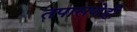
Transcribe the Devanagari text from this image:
तपासणेही